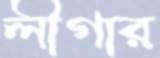
লীগার